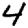
Digit: 4